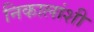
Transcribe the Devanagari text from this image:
निकालांशी